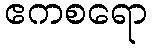
ဧကစရော